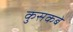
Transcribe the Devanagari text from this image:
कुसकबे